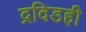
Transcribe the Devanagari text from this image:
द्रविडही